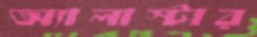
অ্যালাস্টার